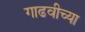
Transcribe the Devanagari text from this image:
गाढवीच्या